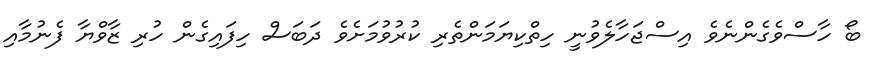
ބޯ ހާސްވެގެންނެވެ އިސްޖަހާލެވުނީ ހިތްކިޔަމަންތެރި ކުރުވުމަށެވެ ދަބަސް ހިފައިގެން ހުރި ޒާވްޔާ ފެނުމާއި